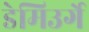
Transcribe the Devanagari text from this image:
डेमिउर्गे